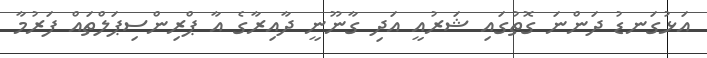
އަޅުގަނޑު ދަންނަ ގޮތުގައި ޝަރުއީ އަދި ގާނޫނީ ދާއިރާގެ އާ ޕްރިންސިޕަލްތައް ފަރުމާ